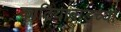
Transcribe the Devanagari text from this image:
काठियावाडच्या